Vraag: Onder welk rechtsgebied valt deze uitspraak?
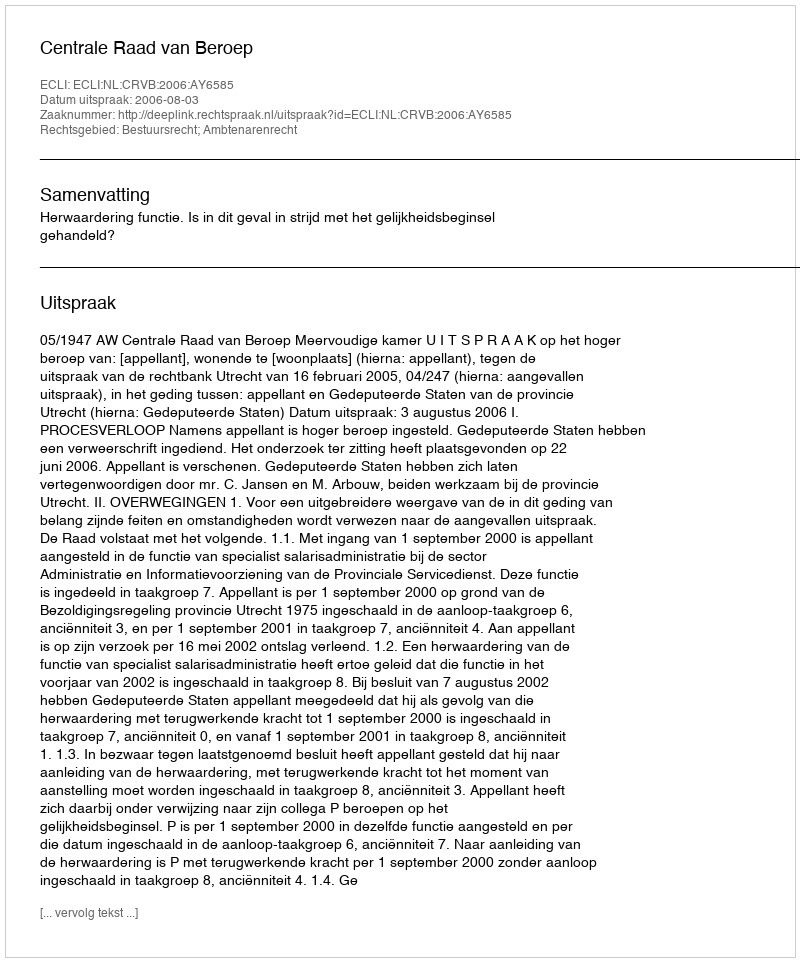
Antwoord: Bestuursrecht; Ambtenarenrecht